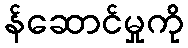
န်ဆောင်မှုကို